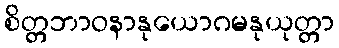
စိတ္တဘာဝနာနုယောဂမနုယုတ္တာ